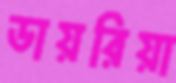
ডায়রিয়া